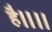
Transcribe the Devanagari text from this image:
है॥॥